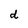
Character: d